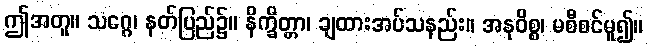
ဤအတူ။ သဂ္ဂေ၊ နတ်ပြည်၌။ နိက္ခိတ္တာ၊ ချထားအပ်သနည်း။ အနုဝိစ္စ၊ မစီစင်မူ၍။